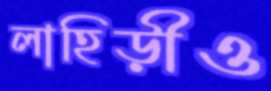
লাহিড়ীও